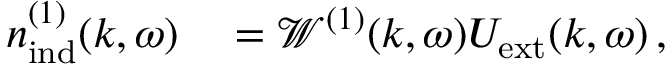
\begin{array} { r l } { { n } _ { \mathrm { i n d } } ^ { ( 1 ) } ( \boldsymbol { k } , \omega ) } & { { } = \mathscr { W } ^ { ( 1 ) } ( \boldsymbol { k } , \omega ) { U } _ { \mathrm { e x t } } ( \boldsymbol { k } , \omega ) \, , } \end{array}